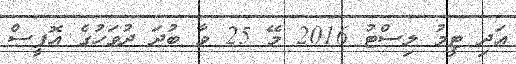
އަދި ޓީމު ލިސްޓު 2016 މޭ 25 ވާ ބުދަ ދުވަހުގެ އޮފީސް